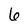
Character: 6